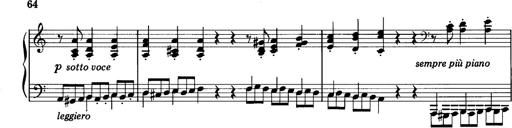
Title: La romanesca
Composer: Franz Liszt